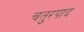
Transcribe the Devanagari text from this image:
चतुरपाद